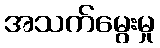
အသက်မွေးမှု